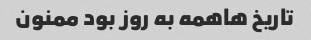
تاریخ هاهمه به روز بود ممنون